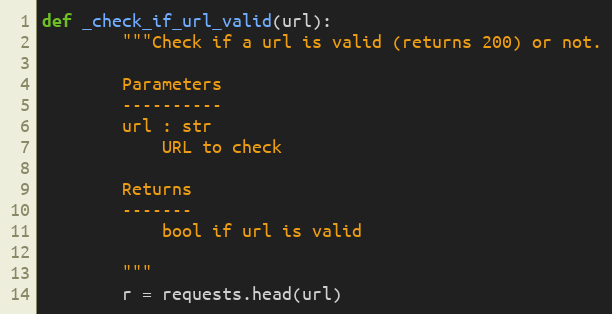
Language: Python
def _check_if_url_valid(url):
        """Check if a url is valid (returns 200) or not.

        Parameters
        ----------
        url : str
            URL to check

        Returns
        -------
            bool if url is valid

        """
        r = requests.head(url)